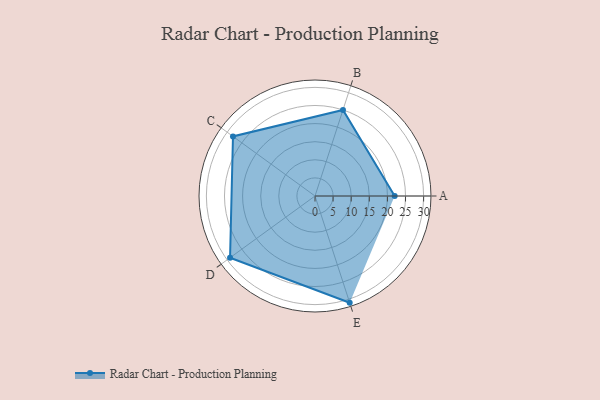
{"axis": {"x": "Skill", "y": "Score"}, "legend": ["Profile"], "data": [{"x": "A", "y": 22.0, "type": "Profile"}, {"x": "B", "y": 25.0, "type": "Profile"}, {"x": "C", "y": 28.0, "type": "Profile"}, {"x": "D", "y": 29.0, "type": "Profile"}, {"x": "E", "y": 31.0, "type": "Profile"}]}